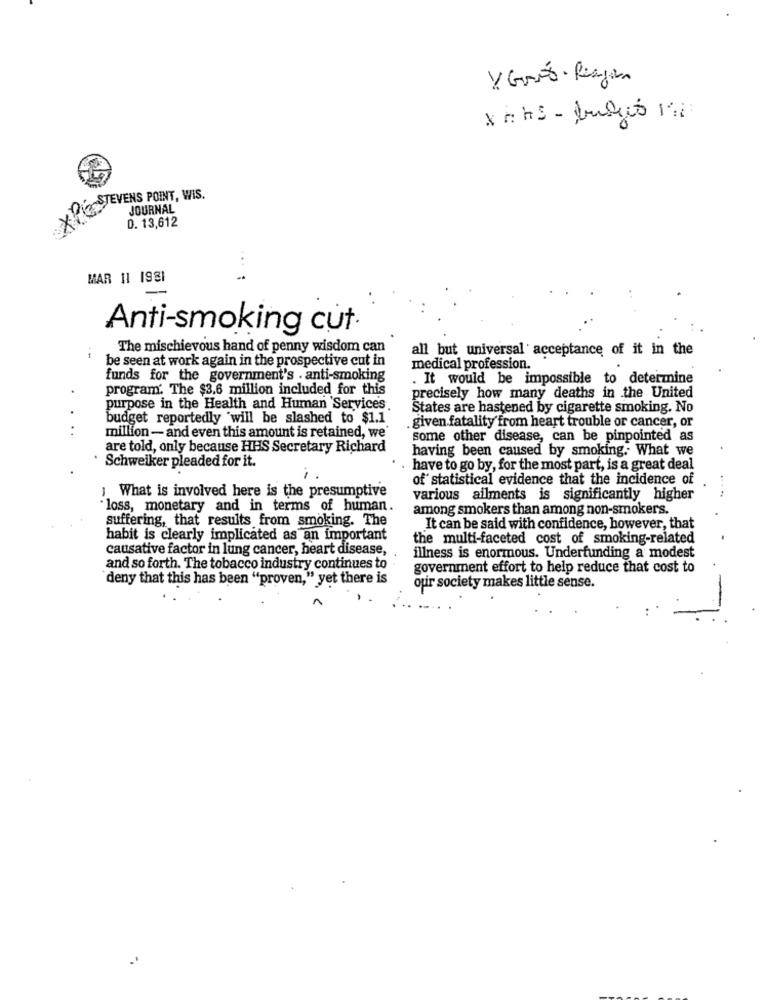
XYZSTEVENS POINT, WIS.
JOURNAL
D. 13,612
...
MAR 11 1981
Anti-smoking cut·
The mischievous hand of penny wisdom can
all but universal acceptance of it in the
be seen at work again in the prospective cut in
medical profession.
funds for the government's . anti-smoking
. It would be impossible to determine
program'. The $3,6 million included for this
precisely how many deaths in the United
purpose in the Health and Human Services.
States are hastened by cigarette smoking. No
budget reportedly "will be slashed to $1.1
. given fatality from heart trouble or cancer, or
million - and even this amount is retained, we'
some other disease, can be pinpointed as
are told, only because HHS Secretary Richard
having been caused by smoking. What we
Schweiker pleaded for it.
have to go by, for the most part, is a great deal
of statistical evidence that the incidence of
1. What is involved here is the presumptive
various ailments is significantly higher
loss, monetary and in terms of human.
among smokers than among non-smokers.
suffering, that results from smoking. The
It can be said with confidence, however, that
habit is clearly implicated as an important
the multi-faceted cost of smoking-related
causative factor in lung cancer, heart disease,
illness is enormous. Underfunding a modest
and so forth. The tobacco industry continues to
government effort to help reduce that cost to
deny that this has been "proven," yet there is
our society makes little sense.